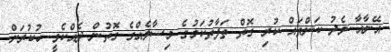
އޭނާއާ މެދު ކަންތައް ކުރި ގޮތް ތަފާތުކަމުގެ މިސާލެއްގެ ގޮތުން ދެއްކެވީ ހުކުރަށް